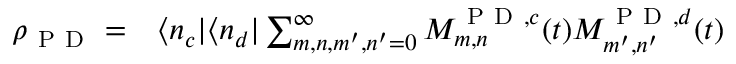
\begin{array} { r l } { \rho _ { \mathrm { ~ P ~ D ~ } } = } & { { } \langle n _ { c } | \langle n _ { d } | \sum _ { m , n , m ^ { \prime } , n ^ { \prime } = 0 } ^ { \infty } M _ { m , n } ^ { \mathrm { ~ P ~ D ~ } , c } ( t ) M _ { m ^ { \prime } , n ^ { \prime } } ^ { \mathrm { ~ P ~ D ~ } , d } ( t ) } \end{array}